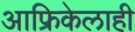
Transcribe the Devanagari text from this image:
आफ्रिकेलाही